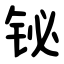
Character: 铋